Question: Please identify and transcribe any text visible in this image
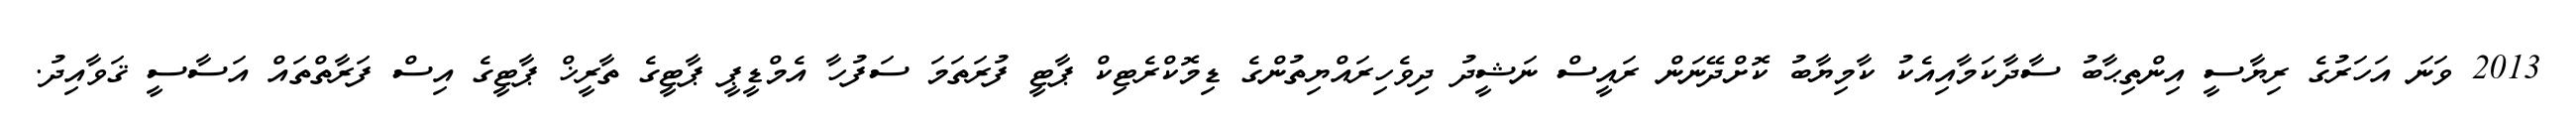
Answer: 2013 ވަނަ އަހަރުގެ ރިޔާސީ އިންތިޙާބު ސާދާކަމާއިއެކު ކާމިޔާބު ކޮށްދޭނަން ރައީސް ނަޝީދު ދިވެހިރައްޔިތުންގެ ޑިމޮކްރެޓިކް ޕާޓީ ފުރަތަމަ ސަފުހާ އެމްޑީޕީ ޕާޓީގެ ތާރީޚް ޕާޓީގެ އިސް ފަރާތްތައް އަސާސީ ޤަވާއިދު.